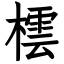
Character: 橒